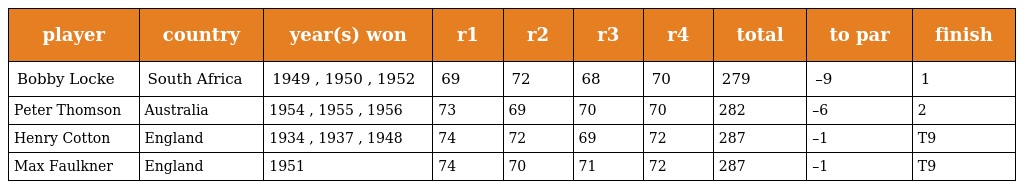
| player | country | year(s) won | r1 | r2 | r3 | r4 | total | to par | finish |
 | --- | --- | --- | --- | --- | --- | --- | --- | --- | --- |
 | Bobby Locke | South Africa | 1949 , 1950 , 1952 | 69 | 72 | 68 | 70 | 279 | –9 | 1 |
 | Peter Thomson | Australia | 1954 , 1955 , 1956 | 73 | 69 | 70 | 70 | 282 | –6 | 2 |
 | Henry Cotton | England | 1934 , 1937 , 1948 | 74 | 72 | 69 | 72 | 287 | –1 | T9 |
 | Max Faulkner | England | 1951 | 74 | 70 | 71 | 72 | 287 | –1 | T9 |